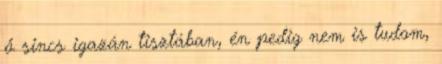
ő sincs igazán tisztában, én pedig nem is tudom,